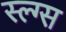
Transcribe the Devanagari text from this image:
स्ल्ग्स